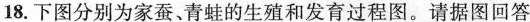
18.下图分别为家蚕、青蛙的生殖和发育过程图。请据图回答